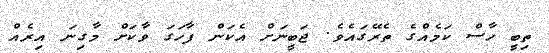
ތިބީ ހާސް ކަމެއްގެ ތެރޭގައެވެ. ޖަބީނަށް އެކަން ފާހަގަ ވާކަށް މާގިނަ އިރެއް